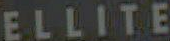
ELLITE